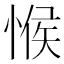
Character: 𢜵